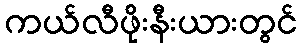
ကယ်လီဖိုးနီးယားတွင်